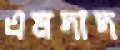
এমদাদ